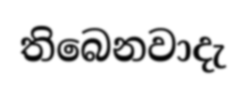
තිබෙනවාදැ